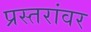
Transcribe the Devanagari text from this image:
प्रस्तरांवर